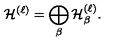
{ \cal H } ^ { ( \ell ) } = \bigoplus _ { \beta } { \cal H } _ { \beta } ^ { ( \ell ) } .